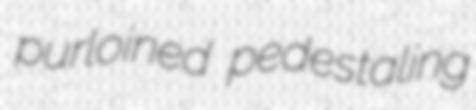
purloined pedestaling